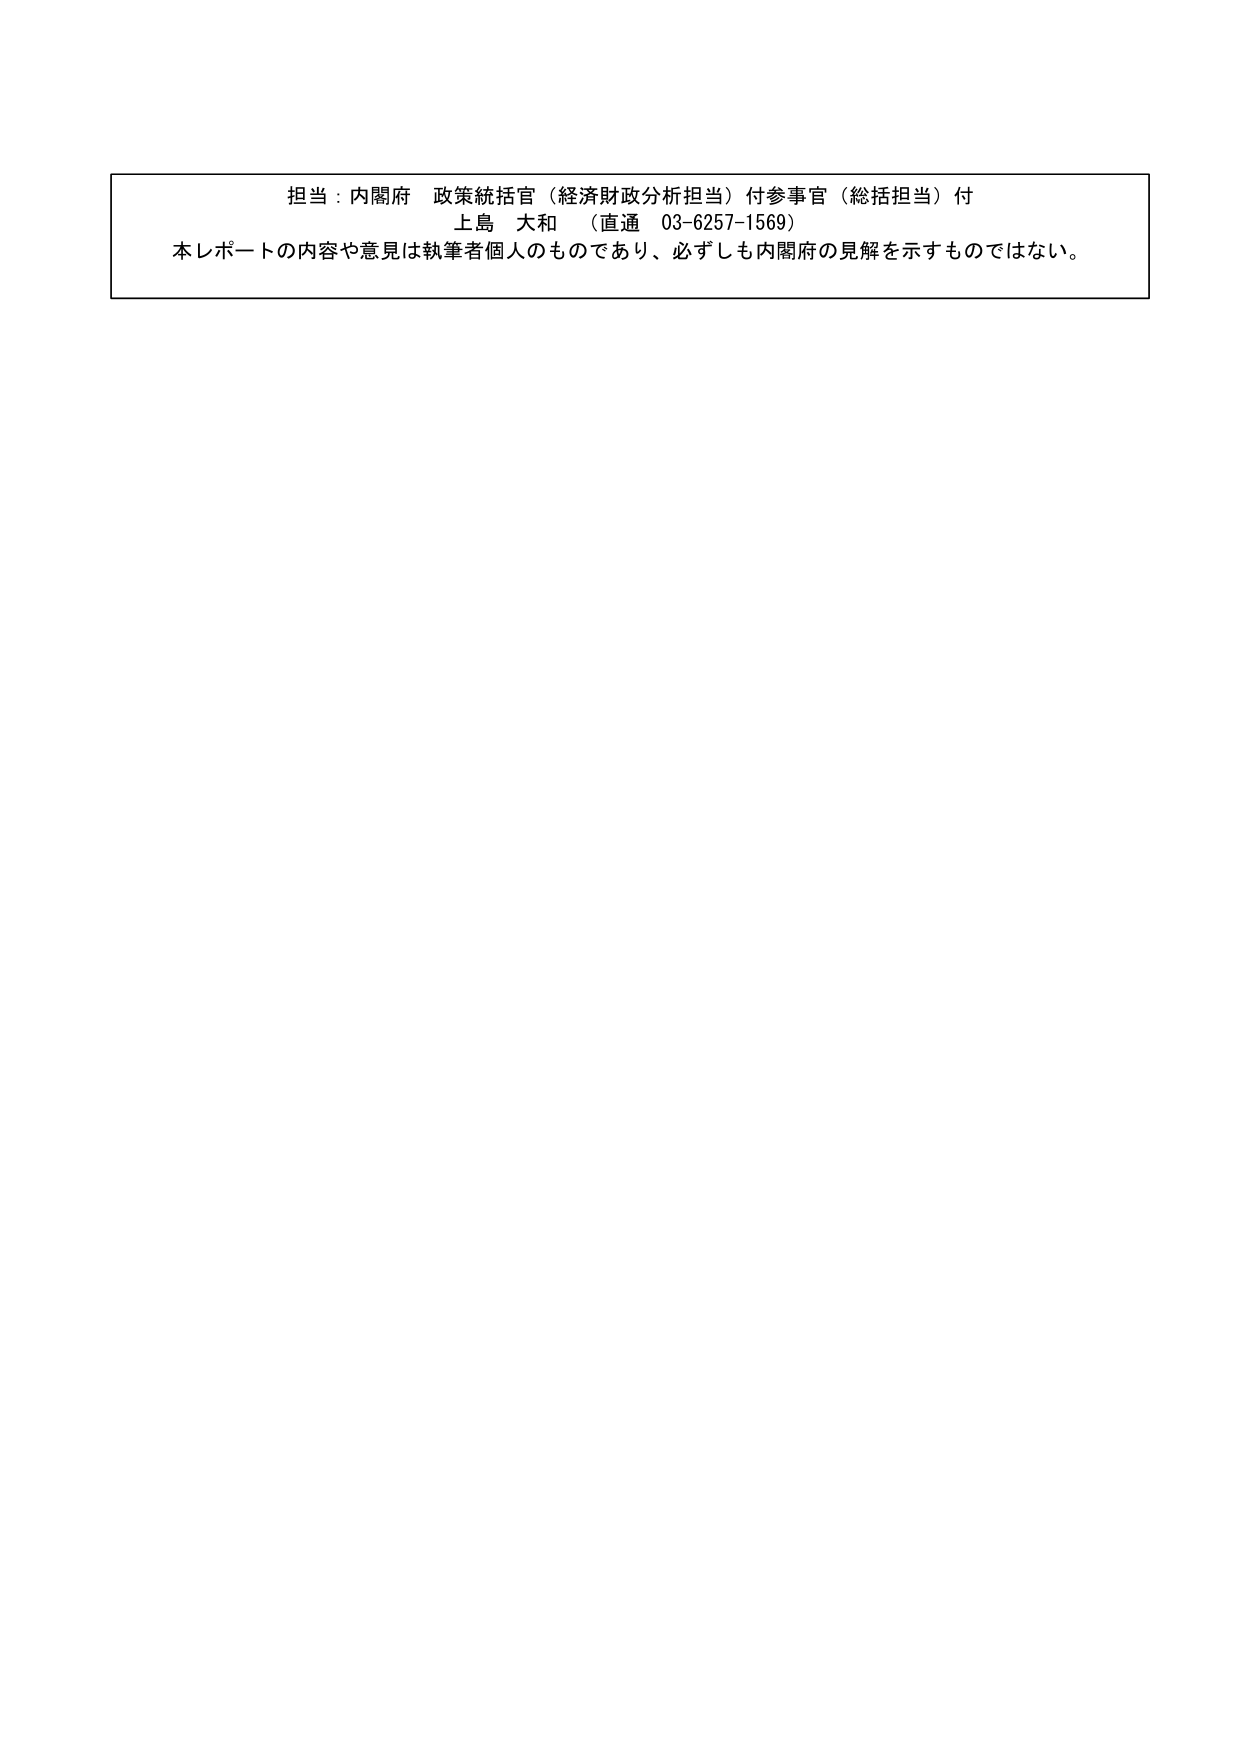
担当：内閣府 政策統括官（経済財政分析担当）付参事官（総括担当）付
上島 大和 （直通 03-6257-1569）
本レポートの内容や意見は執筆者個人のものであり、必ずしも内閣府の見解を示すものではない。